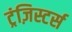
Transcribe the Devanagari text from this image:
ट्रंज़िस्टर्स